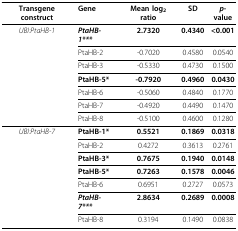
| Transgene construct | Gene | Mean log2 ratio | SD | p-value |
 | --- | --- | --- | --- | --- |
 | UBI:PtaHB-1 | PtaHB-1*** | 2.7320 | 0.4340 | <0.001 |
 |  | PtaHB-2 | -0.7020 | 0.4580 | 0.0540 |
 |  | PtaHB-3 | -0.5330 | 0.4730 | 0.1500 |
 |  | PtaHB-5* | -0.7920 | 0.4960 | 0.0430 |
 |  | PtaHB-6 | -0.5060 | 0.4840 | 0.1770 |
 |  | PtaHB-7 | -0.4920 | 0.4490 | 0.1470 |
 |  | PtaHB-8 | -0.5100 | 0.4600 | 0.1280 |
 | UBI:PtaHB-7 | PtaHB-1* | 0.5521 | 0.1869 | 0.0318 |
 |  | PtaHB-2 | 0.4272 | 0.3613 | 0.2761 |
 |  | PtaHB-3* | 0.7675 | 0.1940 | 0.0148 |
 |  | PtaHB-5* | 0.7263 | 0.1578 | 0.0046 |
 |  | PtaHB-6 | 0.6951 | 0.2727 | 0.0573 |
 |  | PtaHB-7*** | 2.8634 | 0.2689 | 0.0008 |
 |  | PtaHB-8 | 0.3194 | 0.1490 | 0.0838 |